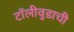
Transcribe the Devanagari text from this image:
टॉलीवुडाची